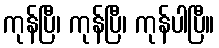
ကုန်ပြီ၊ ကုန်ပြီ၊ ကုန်ပါပြီ။